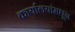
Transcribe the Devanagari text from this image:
कार्यालयांमधून